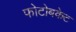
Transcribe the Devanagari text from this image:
फोटोबकेट